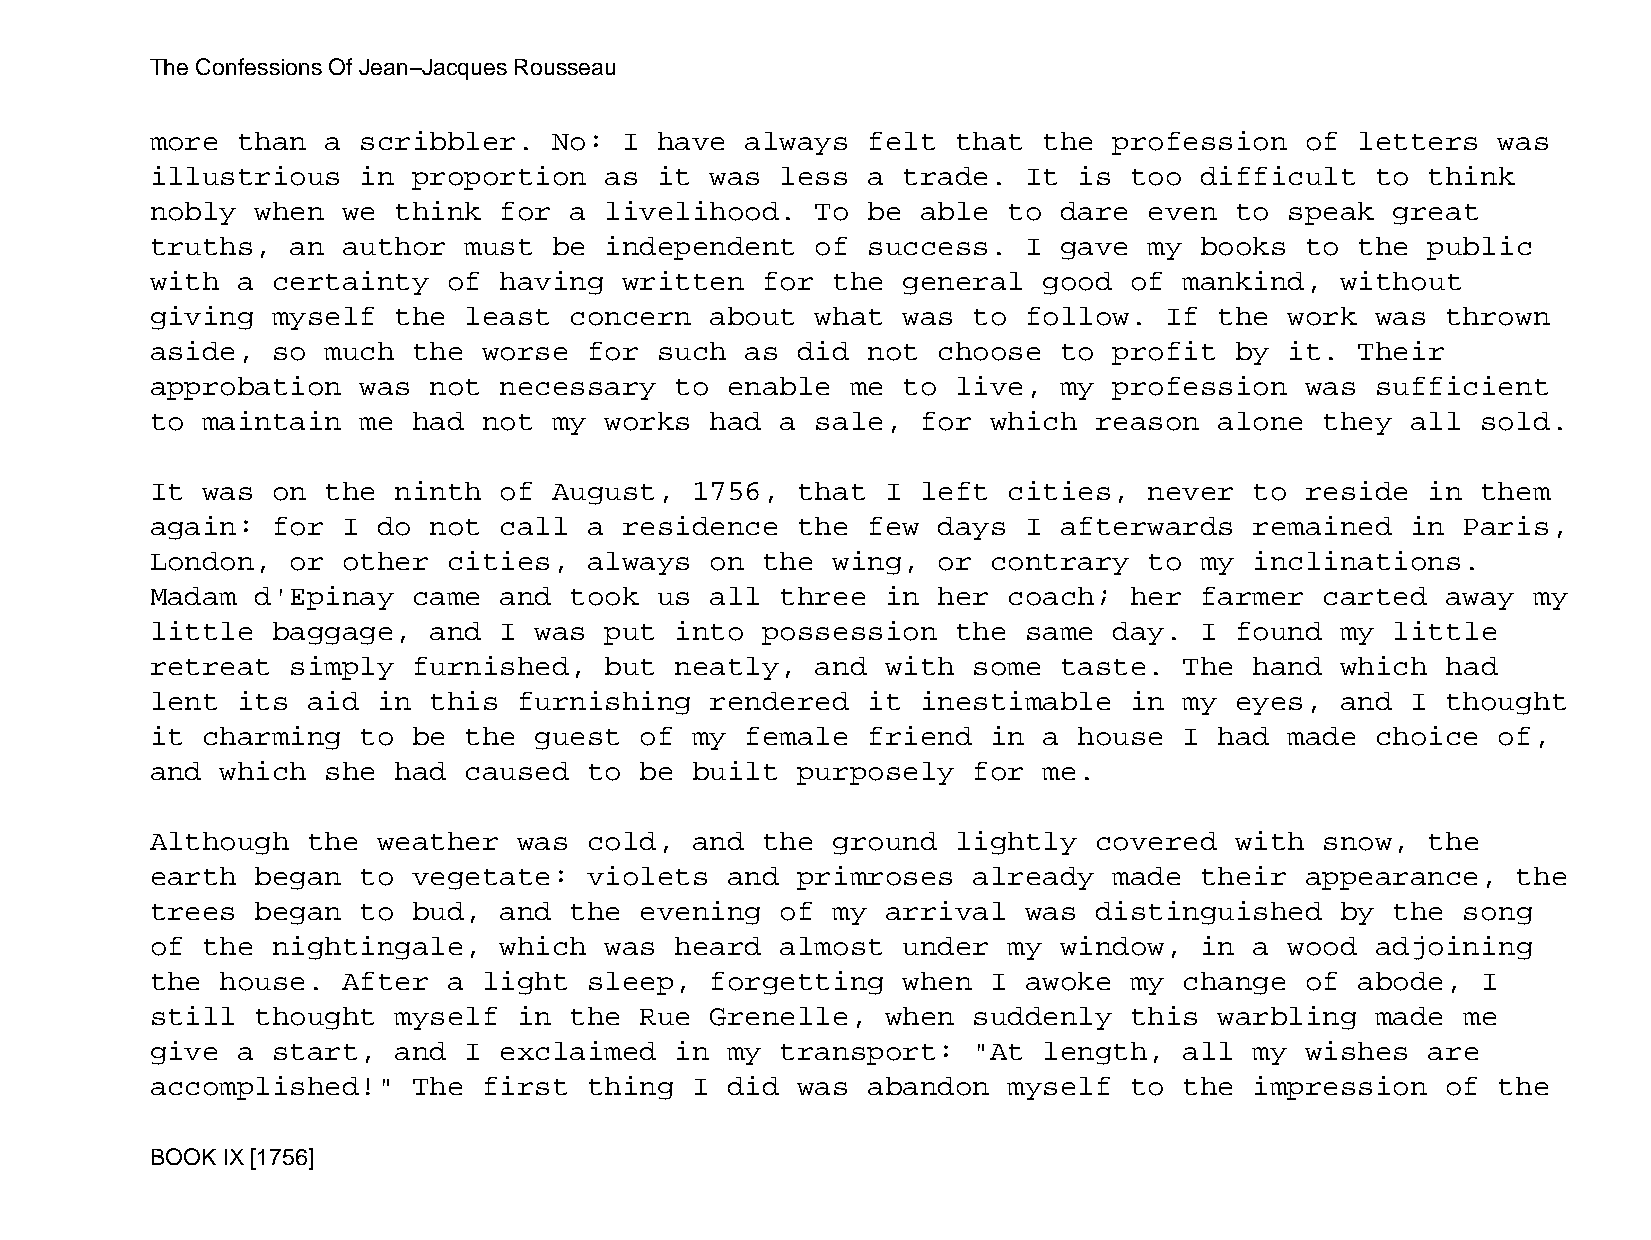
The Confessions Of Jean−Jacques Rousseau
 more  than  a scribbler.   No: I  have always  felt  that  the  profession  of  letters  was
 illustrious   in proportion   as  it was  less a  trade.  It is  too difficult   to  think
 nobly  when  we think  for  a livelihood.   To be  able  to dare  even  to speak  great
 truths,  an  author  must  be independent   of success.   I gave  my books  to  the  public
 with  a certainty   of having  written  for  the  general  good  of mankind,   without
 giving  myself  the  least  concern  about  what  was to  follow.  If  the work  was  thrown
 aside,  so  much the  worse  for  such as  did not  choose  to  profit  by it.  Their
 approbation   was not  necessary   to enable  me  to live,  my  profession  was  sufficient
 to maintain   me had  not  my works  had  a sale,  for  which reason   alone  they all  sold.
 It was  on  the ninth  of  August,  1756,  that  I left  cities,  never  to reside   in them
 again:  for  I do not  call  a residence   the few  days  I afterwards   remained  in  Paris,
 London,  or  other  cities,  always  on the  wing,  or  contrary  to my  inclinations.
 Madam  d'Epinay  came  and  took  us all  three  in her  coach;  her farmer   carted  away my
 little  baggage,  and  I was  put  into possession   the  same  day. I  found  my little
 retreat  simply  furnished,   but  neatly,  and  with some  taste.  The  hand  which  had
 lent  its aid  in this  furnishing   rendered  it  inestimable   in my  eyes,  and I  thought
 it charming   to be  the guest  of  my female  friend   in a house  I  had made  choice  of,
 and  which  she had  caused  to be  built  purposely  for  me.
 Although  the  weather  was  cold,  and the  ground  lightly  covered   with  snow,  the
 earth  began  to vegetate:   violets  and  primroses  already   made their  appearance,   the
 trees  began  to bud,  and  the evening   of my  arrival  was distinguished    by the  song
 of the  nightingale,   which  was  heard  almost  under  my window,  in  a wood  adjoining
 the  house.  After  a light  sleep,  forgetting   when  I awoke  my change  of  abode,  I
 still  thought  myself  in  the Rue  Grenelle,   when suddenly   this  warbling  made  me
 give  a start,  and  I exclaimed   in my  transport:  "At  length,  all  my wishes   are
 accomplished!"   The  first  thing  I did  was abandon   myself  to the  impression   of the
 BOOK IX [1756]